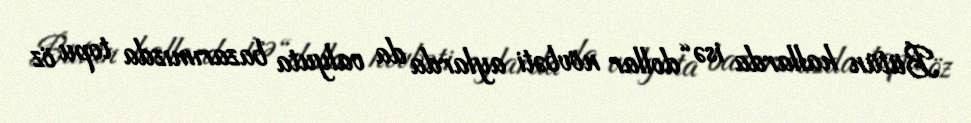
Bütün hallarda isə “dollar növbəti aylarda da valyuta bazarımızda topu öz